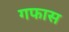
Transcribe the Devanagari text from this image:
गफास